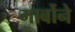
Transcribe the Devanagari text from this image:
गार्बोने